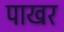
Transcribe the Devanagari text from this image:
पाखर